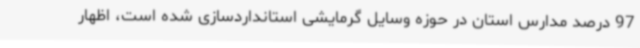
97 درصد مدارس استان در حوزه وسایل گرمایشی استانداردسازی شده است، اظهار